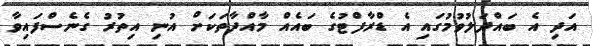
އަދި އެ ބައްދަލުވުމުގައި އެ ޑްރާފްޓުގެ ބައެއް މާއްދާތަކަށް އުނި އިތުރު ގެނެސްފައިވާ